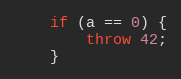
Language: C++
    if (a == 0) {
        throw 42;
    }